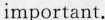
important.